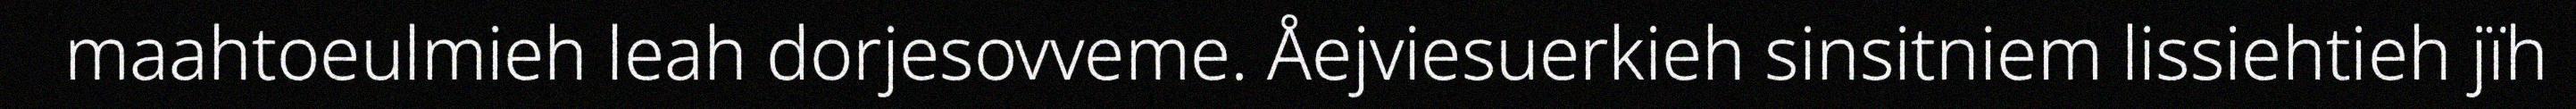
maahtoeulmieh leah dorjesovveme. Åejviesuerkieh sinsitniem lissiehtieh jïh